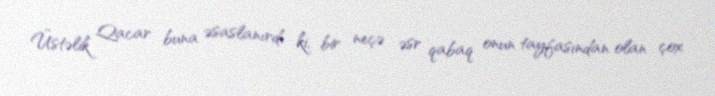
Üstəlik Qacar buna əsaslanırdı ki, bir neçə əsr qabaq onun tayfasından olan çox